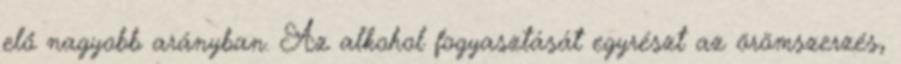
elő nagyobb arányban. Az alkohol fogyasztását egyrészt az örömszerzés,